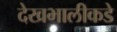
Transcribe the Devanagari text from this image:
देखभालीकडे